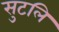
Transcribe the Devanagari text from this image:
सुटलि